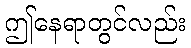
ဤနေရာတွင်လည်း